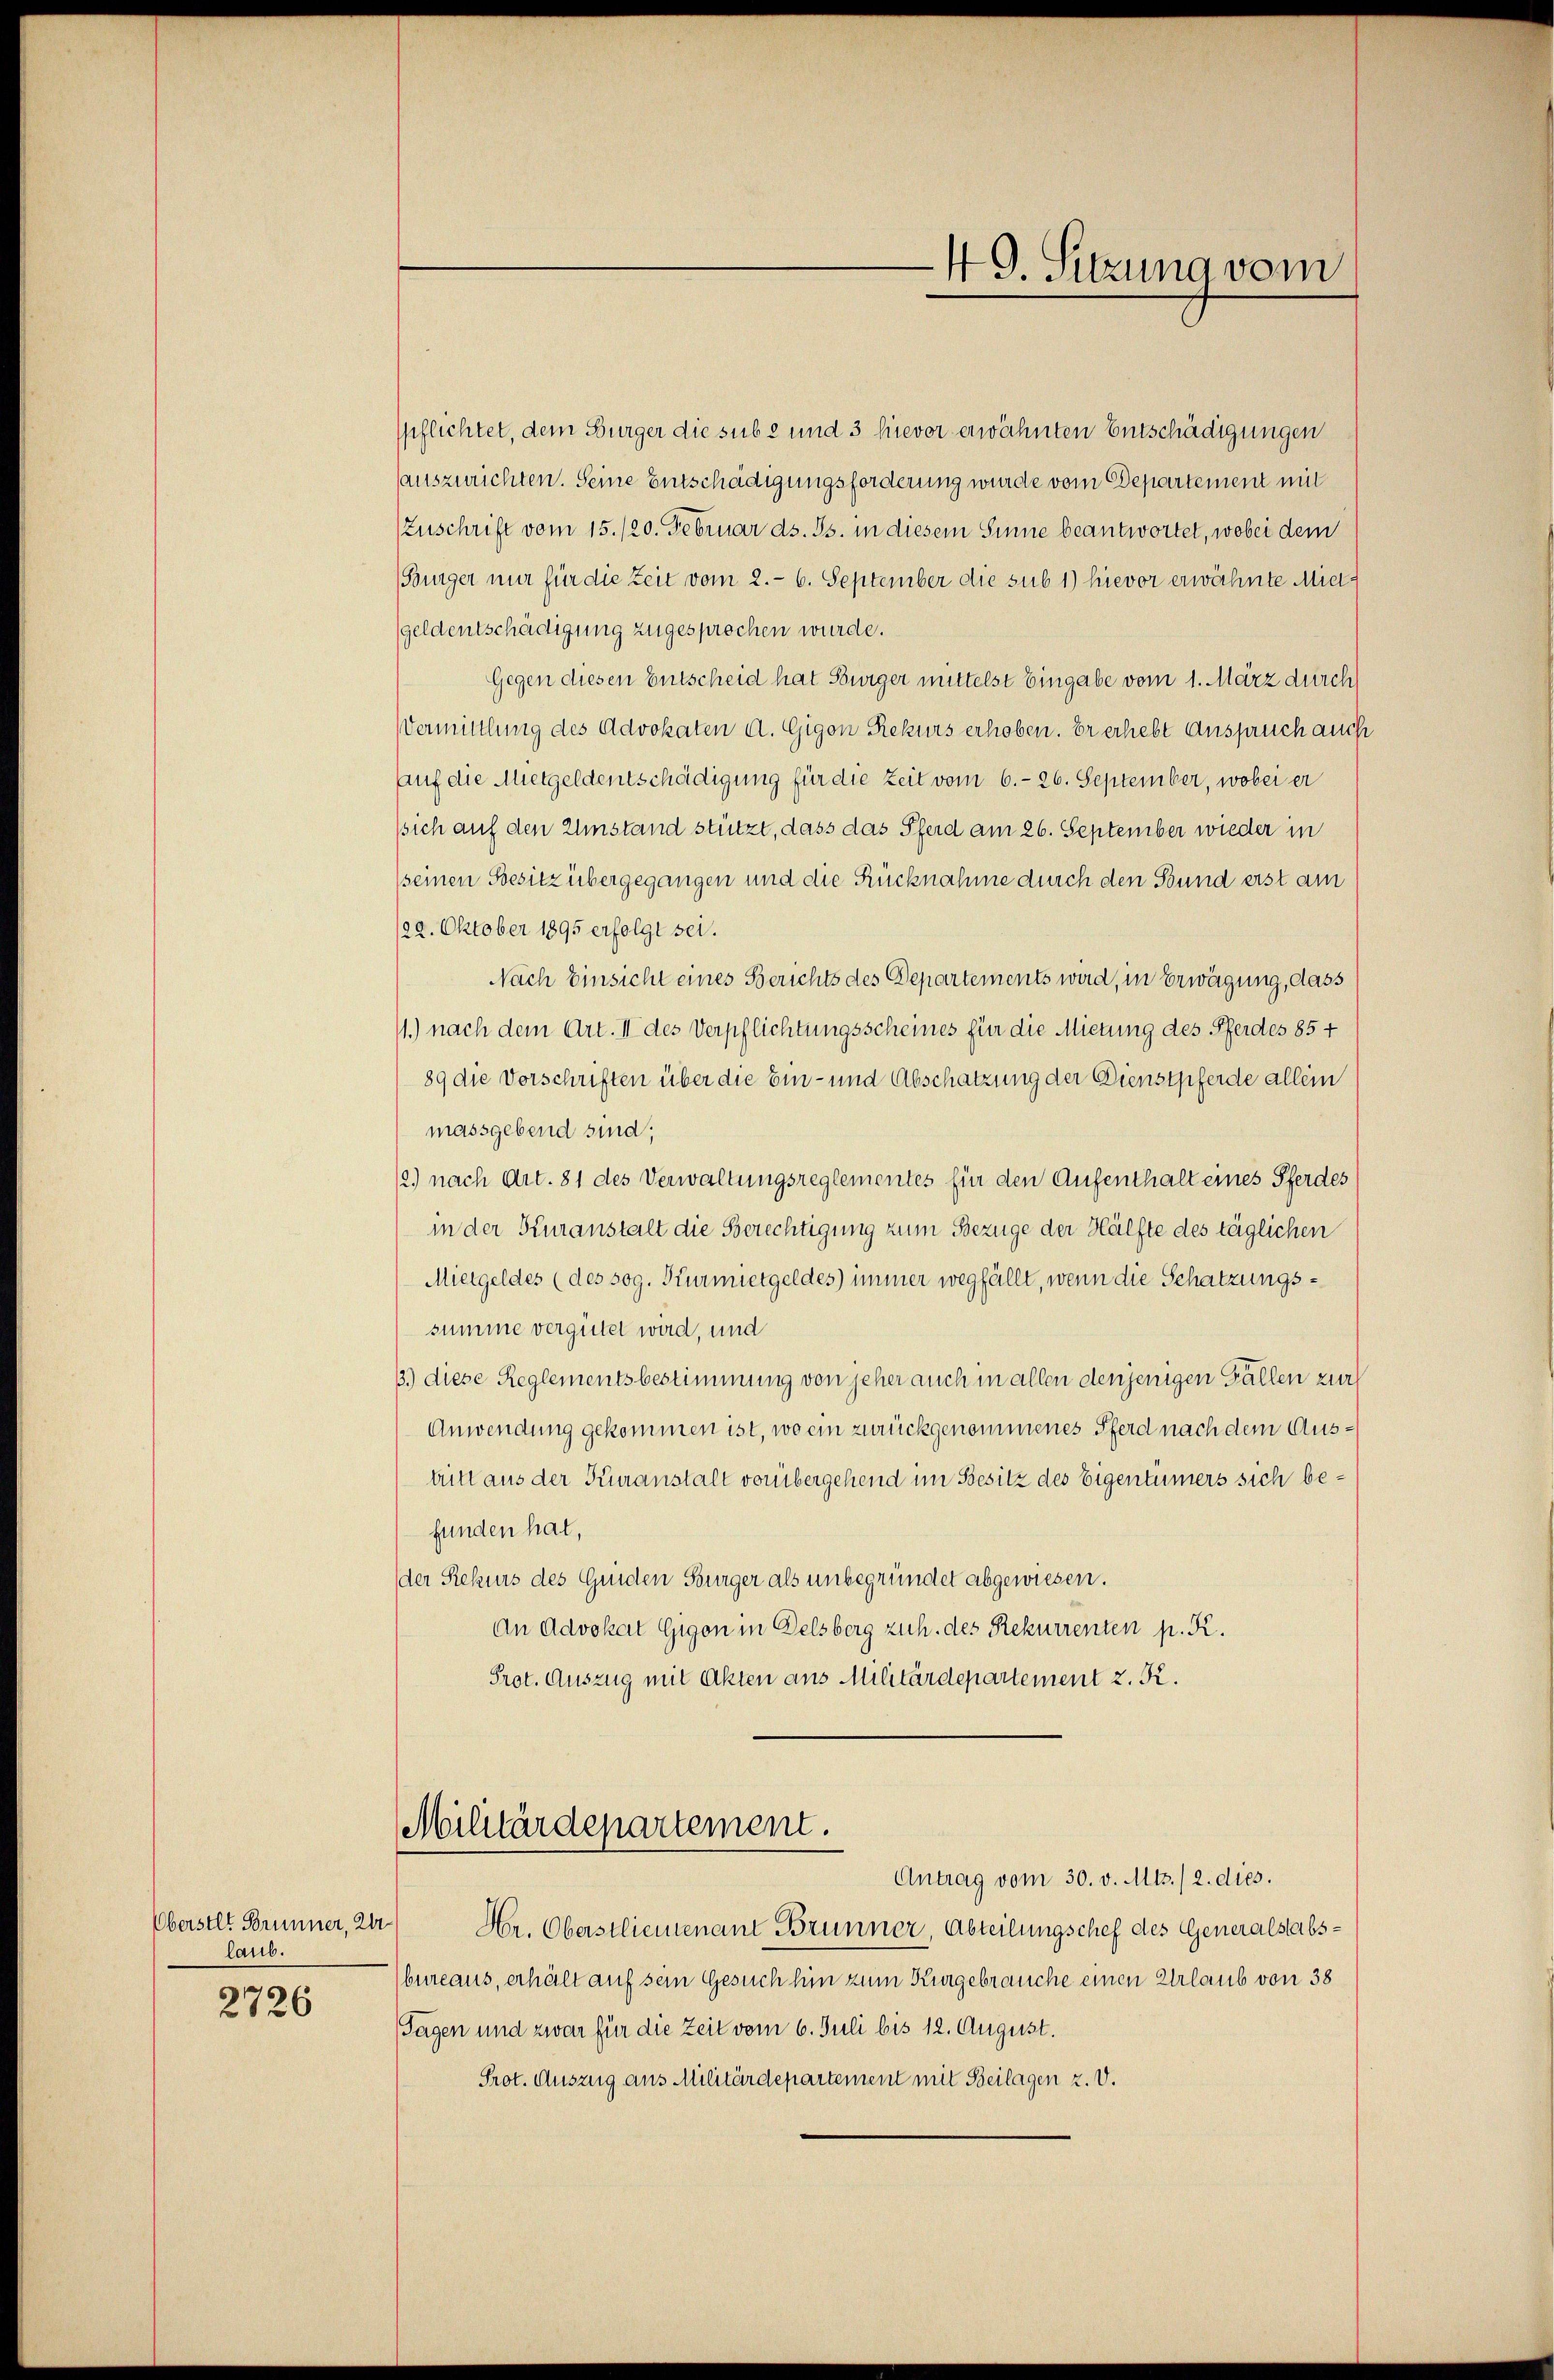
Oberstet Brunner, 2r
laub.

2726

spflichtet, dem Bürger die sub 2 und 3 hievor erwähnten Entschädigungen
auszurichten. Seine Entschädigungsforderung wurde vom Departement mit
Zuschrift vom 15./20. Februar ds. Js. in diesem Sinne beantwortet, wobei dem
(Bürger nur für die Zeit vom 2.- 6. September die sub 1) hievor erwähnte Miegeldentschädigung zugesprochen wurde.
Gegen diesen Entscheid hat Burger mittelst Eingabe vom 1. März durch
Vermittlung des Advokaten d. Gigon Rekurs erhoben. Er erhebt Anspruch auch
auf die Mietgeldentschädigung für die Zeit vom 6.- 26. September, wobei er
sich auf den Umstand stützt, dass das Pferd am 26. September wieder in
seinen Besitz übergegangen und die Rücknahme durch den Bund erst am
22. Oktober 1895 erfolgt sei.
Nach Einsicht eines Berichts des Departements wird, in Erwägung, dass
11.) nach dem Art. II des Verpflichtungsscheines für die Mietung des Pferdes 85 +
89 die Vorschriften über die Ein- und Abschatzung der Dienstpferde allein
massgebend sind;
12.) nach Art. 81 des Verwaltungsreglementes für den Aufenthalt eines Pferdes
in der Kuranstalt die Berechtigung zum Bezuge der Hälfte des täglichen
Mietgeldes (des sog. Kurmietgeldes immer wegfällt, wenn die Schatzungssumme vergütet wird, und
3.) diese Reglementsbestimmung von jeher auch in allen denjenigen Fällen zur
Anwendung gekommen ist, wo ein zurückgenommenes Pferd nach dem Austritt aus der Kuranstalt vorübergehend im Besitz des Eigentümers sich befunden hat,
der Rekurs des Guiden Burger als unbegründet abgewiesen.
An Advokat Gigon in Delsberg zuh. des Rekurrenten p. K.
Prot. Auszug mit Akten aus Militärdepartement z. R.

Militärdepartement.
Antrag vom 30. v. Mts. / 2. dies.

49. Sitzung vom

Hr. Oberstliemenant Brunner, Abteilungschef des Generalstabsbureaus, erhält auf sein Gesuch hin zum Kurgebrauche einen Urlaub von 38
Tagen und zwar für die Zeit vom 6. Juli bis 12. August.
Prot. Auszug aus Militärdepartement mit Beilagen z. V.